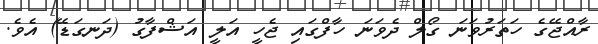
ރާއްޖޭގެ ހަތަރުވަނަ ގޯލް ދެވަނަ ހާފްގައި ޖެހީ އަލީ އަޝްފާގު (ދަނގަޑޭ) އެވެ.